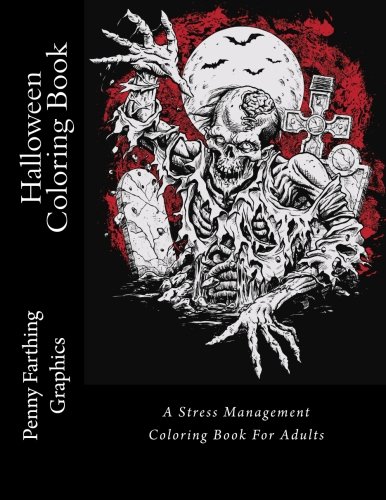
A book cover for Halloween Coloring Book: A Stress Management Coloring Book For Adults; Penny Farthing Graphics; Humor & Entertainment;